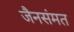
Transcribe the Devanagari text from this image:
जैनसंमत